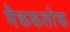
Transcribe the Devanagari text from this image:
मैककलोक